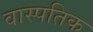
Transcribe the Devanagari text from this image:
वास्पतिक